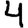
Digit: 4